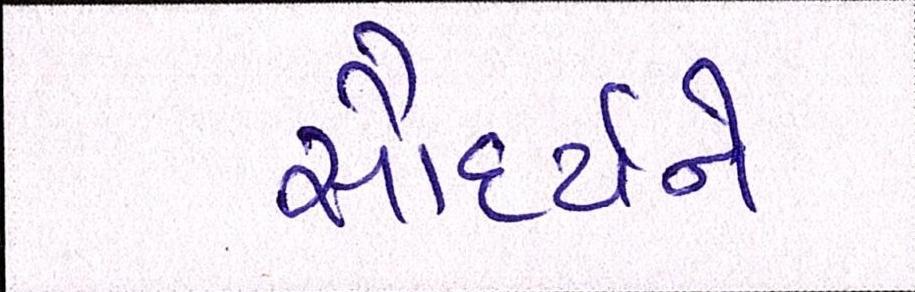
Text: સૌદર્યને